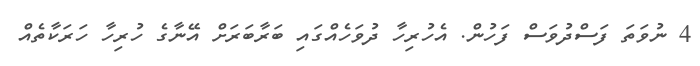
4 ނުވަތަ ފަސްދުވަސް ފަހުން. އެހުރިހާ ދުވަހެއްގައި ބަރާބަރަށް އޭނާގެ ހުރިހާ ހަރަކާތެއް